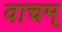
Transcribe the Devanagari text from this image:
वाचम्